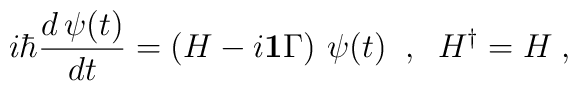
i \hbar \frac{d\,\psi(t)}{dt} = \left(H - i{\bf 1}\Gamma\right)\,\psi(t)\;\; ,\;\; H^\dagger = H \; ,